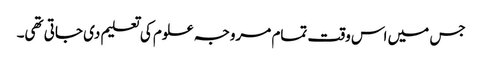
جس میں اس وقت تمام مروجہ علوم کی تعلیم دی جاتی تھی۔